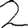
Digit: 2